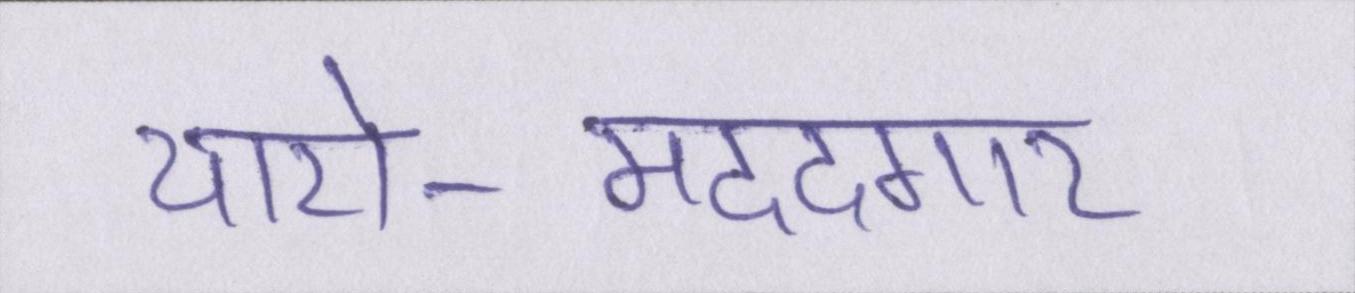
यारो-मददगार